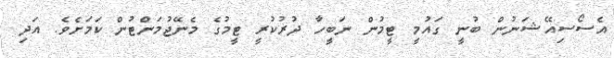
އެސޯސިއޭޝަނުން ބުނީ ގައުމީ ޓީމުން ނަބީހާ ދުރުކުރީ ޓީމުގެ މެނޭޖުމަންޓުން ކަމަށެވެ. އަދި